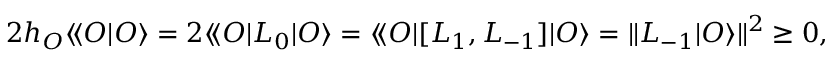
2 h _ { \cal O } \langle \! \langle { \cal O } | { \cal O } \rangle = 2 \langle \! \langle { \cal O } | L _ { 0 } | { \cal O } \rangle = \langle \! \langle { \cal O } | [ L _ { 1 } , L _ { - 1 } ] | { \cal O } \rangle = \| L _ { - 1 } | { \cal O } \rangle \| ^ { 2 } \geq 0 ,